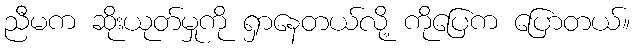
ညီမက ဆိုးယုတ်မှုကို ရှာနေတယ်လို့ ကိုပြေက ပြောတယ်။